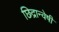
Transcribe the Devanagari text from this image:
छिद्रान्वेषी